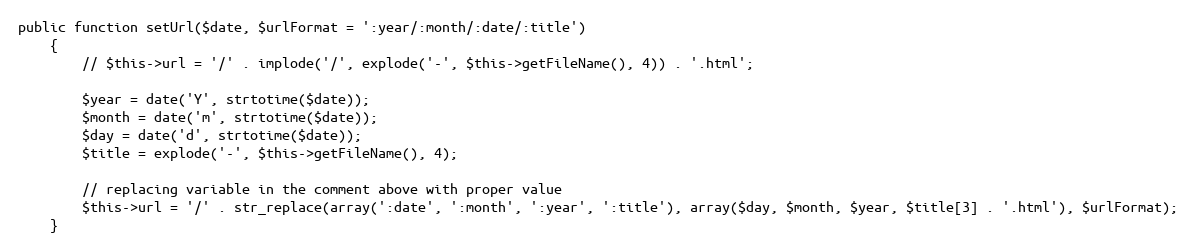
Language: PHP
public function setUrl($date, $urlFormat = ':year/:month/:date/:title')
	{
		// $this->url = '/' . implode('/', explode('-', $this->getFileName(), 4)) . '.html';

		$year = date('Y', strtotime($date));
		$month = date('m', strtotime($date));
		$day = date('d', strtotime($date));
		$title = explode('-', $this->getFileName(), 4);

		// replacing variable in the comment above with proper value
		$this->url = '/' . str_replace(array(':date', ':month', ':year', ':title'), array($day, $month, $year, $title[3] . '.html'), $urlFormat);
	}